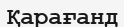
Қарағанд